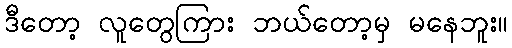
ဒီတော့ လူတွေကြား ဘယ်တော့မှ မနေဘူး။